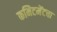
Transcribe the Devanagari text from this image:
कमिटमेंटचा